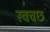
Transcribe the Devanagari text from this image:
स्वचछ